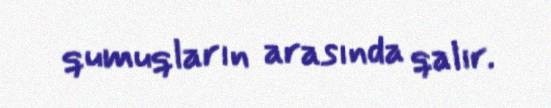
qumuqların arasında qalır.